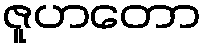
ဇူဟတော